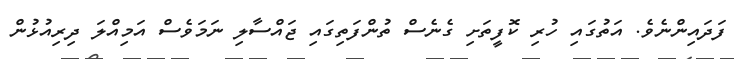
ފަދައިންނެވެ. އަތުގައި ހުރި ކޮފީތަށި ގެނެސް ތުންފަތިގައި ޖައްސާލި ނަމަވެސް އަމިއްލަ ދިރިއުޅުން